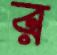
র